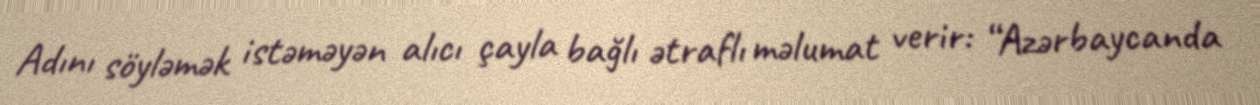
Adını söyləmək istəməyən alıcı çayla bağlı ətraflı məlumat verir: “Azərbaycanda